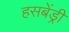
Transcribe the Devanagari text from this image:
हसबेंड्री